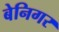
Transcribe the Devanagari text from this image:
बेनिगर